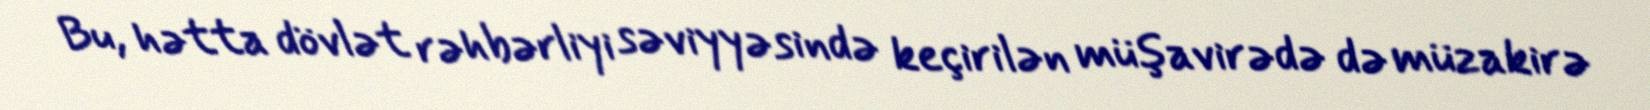
Bu, hətta dövlət rəhbərliyi səviyyəsində keçirilən müşavirədə də müzakirə